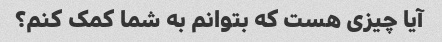
آیا چیزی هست که بتوانم به شما کمک کنم؟